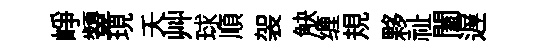
峥顰現夭艸球順袈觖缠規夥祉闔遅